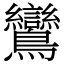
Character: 鸞